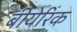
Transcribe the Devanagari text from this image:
बीयेरिंक